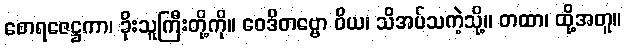
စောရဇေဋ္ဌကာ၊ ခိုးသူကြီးတို့ကို။ ဝေဒိတဗ္ဗော ဝိယ၊ သိအပ်သကဲ့သို့။ တထာ၊ ထို့အတူ။